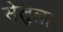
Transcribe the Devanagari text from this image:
सेलुलार